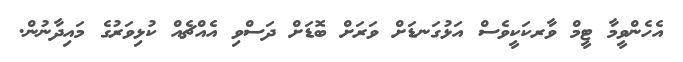
އެހެންވީމާ ޓީމް ވާރކަކީވެސް އަޅުގަނޑަށް ވަރަށް ބޮޑަށް ދަސްވި އެއްޗެއް ކުޅިވަރުގެ މައިދާނުން.